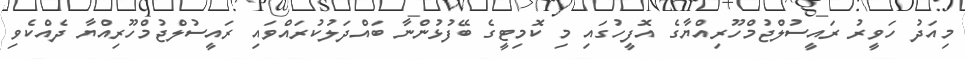
މިއަދު ހަވީރު ރައީސުލްޖުމްހޫރިއްޔާގެ އޮފީހުގައި މި ކޮމިޓީގެ ބޭފުޅުންނާ ބައްދަލުކުރައްވައި ރައީސުލްޖުމްހޫރިއްޔާ ދެއްކެވި